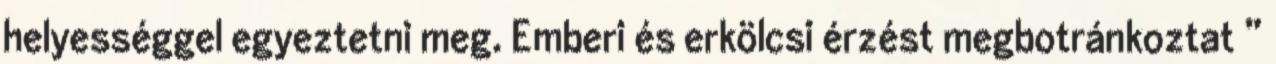
helyességgel egyeztetni meg. Emberi és erkölcsi érzést megbotránkoztat ”